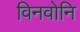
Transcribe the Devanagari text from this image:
विनवोनि